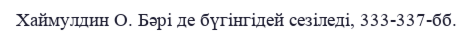
Хаймулдин О. Бәрі де бүгінгідей сезіледі, 333-337-бб.